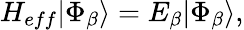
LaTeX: {H_{eff}}|\Phi_{\beta}\rangle=E_{\beta}|\Phi_{\beta}\rangle,